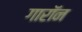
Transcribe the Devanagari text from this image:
गारॉन